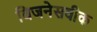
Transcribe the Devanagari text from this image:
बिजनेसवीक